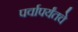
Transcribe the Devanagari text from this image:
पर्वापर्यंतचे